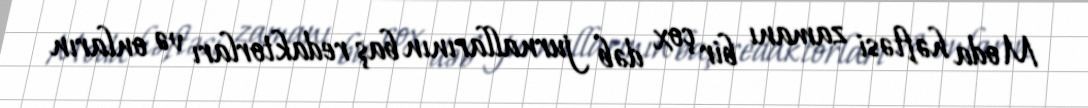
Moda həftəsi zamanı bir çox dəb jurnallarının baş redaktorları və onların